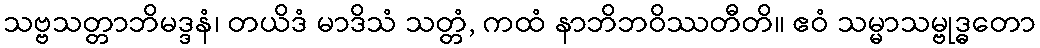
သဗ္ဗသတ္တာဘိမဒ္ဒနံ၊ တယိဒံ မာဒိသံ သတ္တံ, ကထံ နာဘိဘဝိဿတီတိ။ ဧဝံ သမ္မာသမ္ဗုဒ္ဓတော